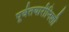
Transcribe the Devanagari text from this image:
पूर्वतयारीनिशी